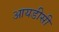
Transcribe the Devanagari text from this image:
आयडीसी